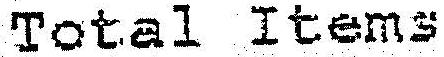
TOTAL ITEMS